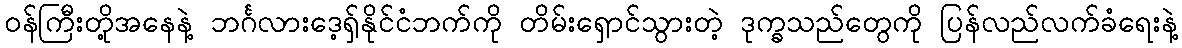
၀န်ကြီးတို့အနေနဲ့ ဘင်္ဂလားဒေ့ရှ်နိုင်ငံဘက်ကို တိမ်းရှောင်သွားတဲ့ ဒုက္ခသည်တွေကို ပြန်လည်လက်ခံရေးနဲ့